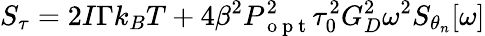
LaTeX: S_{\tau}=2I\Gamma k_{B}T+4\beta^{2}P_{\mathrm{~o~p~t~}}^{2}\tau_{0}^{2}G_{D}^{2}\omega^{2}S_{\theta_{n}}[\omega]